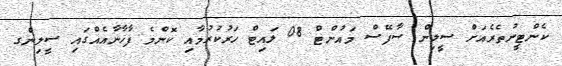
ކެންޓީނުތެރެއަށް ސީލިން ސާފޭސް މައުންޓް 08 ލައިޓް ހަރުކުރުމާއި ކޮންމެ ފާޚާނާއެއްގައި ސީލިންގ